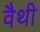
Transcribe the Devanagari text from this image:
वैथी